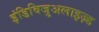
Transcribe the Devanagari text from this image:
इंडिविजुअलाइज़्ड